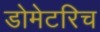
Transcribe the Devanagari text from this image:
डोमेटरिच